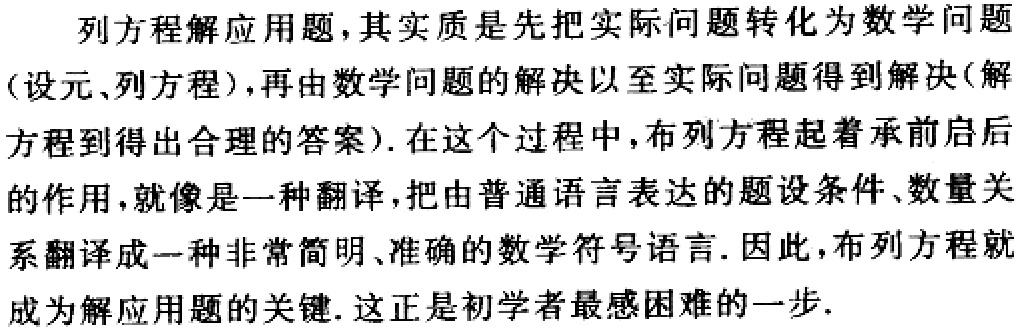
列方程解应用题，其实质是先把实际问题转化为数学问题（设元、列方程），再由数学问题的解决以至实际问题得到解决(解方程到得出合理的答案). 在这个过程中，布列方程起着承前启后的作用，就像是一种翻译，把由普通语言表达的题设条件、数量关系翻译成一种非常简明、准确的数学符号语言. 因此，布列方程就成为解应用题的关键. 这正是初学者最感困难的一步.